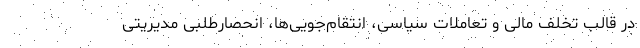
در قالب تخلف مالی و تعاملات سیاسی، انتقام‌جویی‌ها، انحصارطلبی مدیریتی